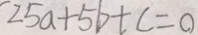
2 5 a + 5 b + c = 0